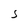
Character: S